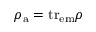
\rho _ { \mathrm { a } } = \mathrm { t r } _ { \mathrm { e m } } \rho